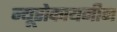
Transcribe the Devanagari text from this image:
न्यूरोकायनीन